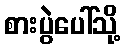
စားပွဲပေါ်သို့